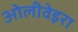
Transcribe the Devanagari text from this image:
ओलीवेइरा